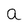
Character: a